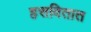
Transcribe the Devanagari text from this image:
हसवितात